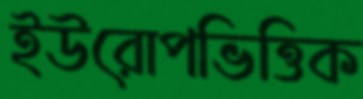
ইউরোপভিত্তিক